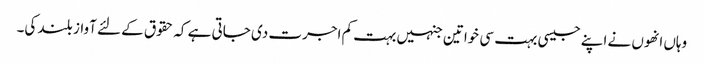
وہاں انھوں نے اپنے جیسی بہت سی خواتین جنہیں بہت کم اجرت دی جاتی ہے کہ حقوق کے لئے آواز بلند کی۔